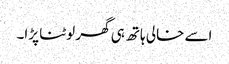
اسے خالی ہاتھ ہی گھر لوٹنا پڑا۔